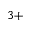
^ { 3 + }